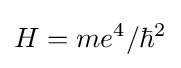
H=me^{4}/\hbar ^{2}